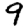
Digit: 9